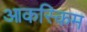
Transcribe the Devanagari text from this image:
आकस्किम